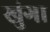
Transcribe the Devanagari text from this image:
खुंगा